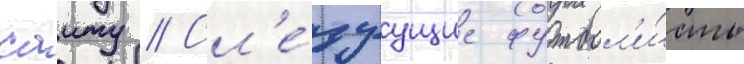
саиту // Сл'е́дуущие футбол'и́сты